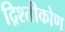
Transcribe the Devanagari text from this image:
द्रिश्तीकोण